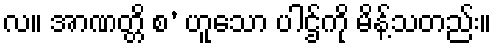
လ။ အာဏတ္တိ စ’ ဟူသော ပါဌ်ကို မိန့်သတည်း။